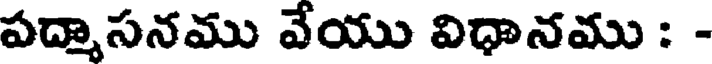
పద్మాసనము వేయు విధానము : -